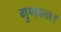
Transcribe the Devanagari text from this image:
गुणवत्ता।